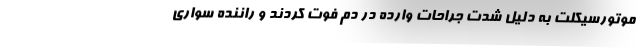
موتورسیکلت به دلیل شدت جراحات وارده در دم فوت کردند و راننده سواری